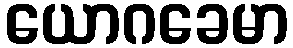
ယောဂခေမာ